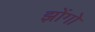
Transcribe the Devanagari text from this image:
झोंगो